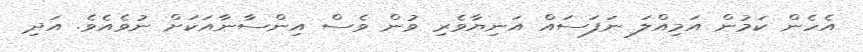
އެހެން ކަމުން އަމިއްލަ ނަފަސައް އަނިޔާވެރި ވުން ވެސް އިންސާނާއަކަށް ނުވެއެވެ. އަދި